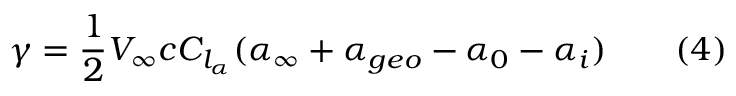
\gamma = { \frac { 1 } { 2 } } V _ { \infty } c C _ { l _ { \alpha } } ( \alpha _ { \infty } + \alpha _ { g e o } - \alpha _ { 0 } - \alpha _ { i } ) \qquad ( 4 )